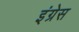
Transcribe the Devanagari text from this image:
इंग्रेस